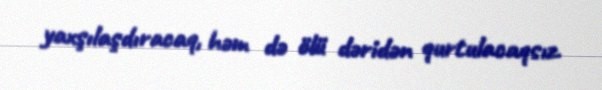
yaxşılaşdıracaq, həm də ölü dəridən qurtulacaqsız.